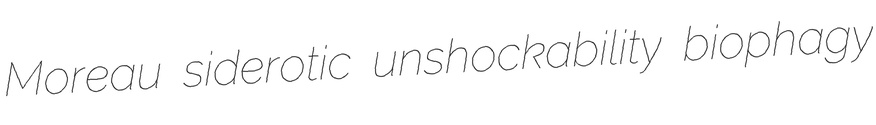
Moreau siderotic unshockability biophagy